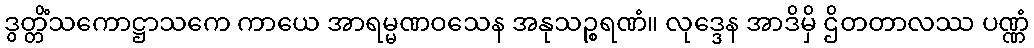
ဒွတ္တိံသကောဋ္ဌာသကေ ကာယေ အာရမ္မဏဝသေန အနုသဉ္စရဏံ။ လုဒ္ဒေန အာဒိမှိ ဌိတတာလဿ ပဏ္ဏံ